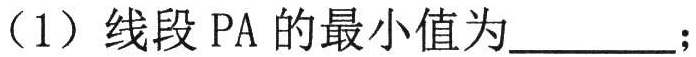
（1）线段 \(PA\) 的最小值为  ；